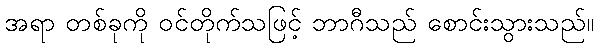
အရာ တစ်ခုကို ဝင်တိုက်သဖြင့် ဘာဂီသည် စောင်းသွားသည်။